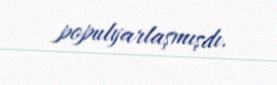
populyarlaşmışdı.